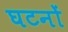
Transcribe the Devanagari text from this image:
घटनों